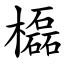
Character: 㰁